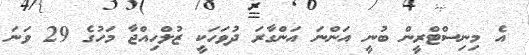
އެ މިނިސްޓްރީން ބުނީ އަންނަ އަންގާރަ ދުވަހަކީ ޒުލްހިއްޖާ މަހުގެ 29 ވަނަ